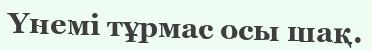
Үнемі тұрмас осы шақ.